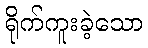
ရိုက်ကူးခဲ့သော